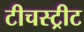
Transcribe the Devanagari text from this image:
टीचस्ट्रीट